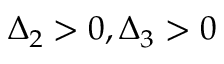
\Delta _ { 2 } > 0 , \Delta _ { 3 } > 0